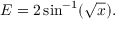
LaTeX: E = 2 \sin ^ { - 1 } ( { \sqrt { x } } ) .